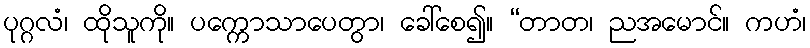
ပုဂ္ဂလံ၊ ထိုသူကို။ ပက္ကောသာပေတွာ၊ ခေါ်စေ၍။ “တာတ၊ ညအမောင်။ ကဟံ၊